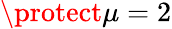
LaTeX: \protect\mu=2